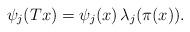
LaTeX: \begin{align*} \psi_j(Tx)=\psi_j(x)\, \lambda_j(\pi(x)). \end{align*}